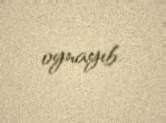
oynayıb.